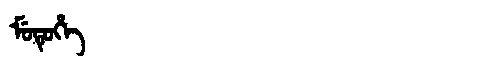
Manchu: ᠮᡠᡨᡠᡥᡝ
Romanization: MUTUHE